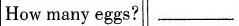
How many eggs?___